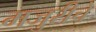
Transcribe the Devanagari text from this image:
मजुरीचे